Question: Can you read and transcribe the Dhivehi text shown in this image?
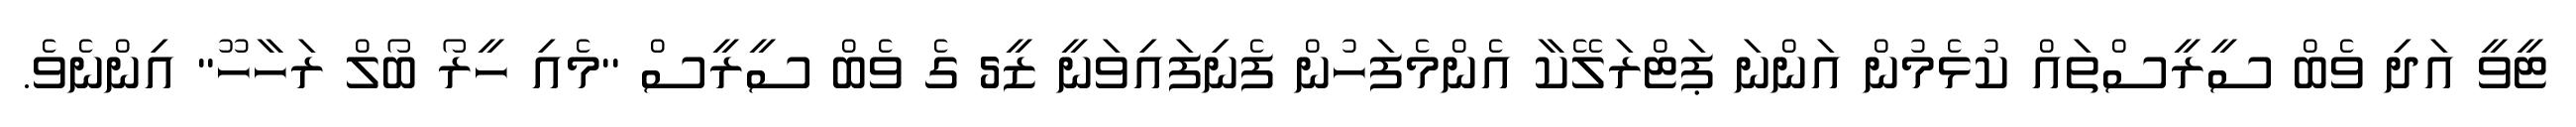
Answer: ޓީވީ އަދި ވެބް ސީރީސްތައް ކުޅެމުން އަންނަ ޕަޓްރަލޭކާ އެންމެފަހުން ފެނިފައިވަނީ ޒީ5 ގެ ވެބް ސީރީސް ''މެއި ހީރޯ ބޯލް ރަހާހޫ'' އިންނެވެ.